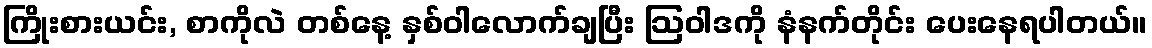
ကြိုးစားယင်း, စာကိုလဲ တစ်နေ့ နှစ်ဝါလောက်ချပြီး ဩဝါဒကို နံနက်တိုင်း ပေးနေရပါတယ်။